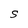
Character: S